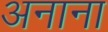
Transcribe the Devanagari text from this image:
अनाना